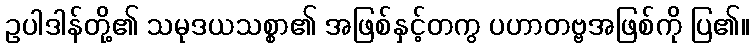
ဥပါဒါန်တို့၏ သမုဒယသစ္စာ၏ အဖြစ်နှင့်တကွ ပဟာတဗ္ဗအဖြစ်ကို ပြ၏။